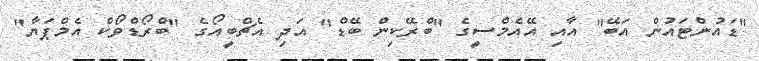
"ޑައުންޓައުން އަބޭ" އާއި އޭއެމްސީގެ "ބްރޭކިން ބޭޑް" އަދި އެޗްބީއޯގެ "ބްރޯޑްވޯކް އެމްޕަޔާ"